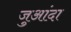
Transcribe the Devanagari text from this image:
जुआंदा